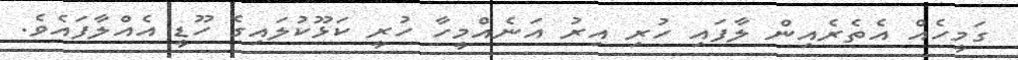
ގަމީހެއް އެތެރެއިން ލާފައި ހުރި އިރު އަނެއްމީހާ ހުރީ ކަޅޫކުލައިގެ ހޫޑީ އެއްލާފައެވެ.